Scientific memoirs by medical officers of the Army of India - Part XI,
Year: 1898
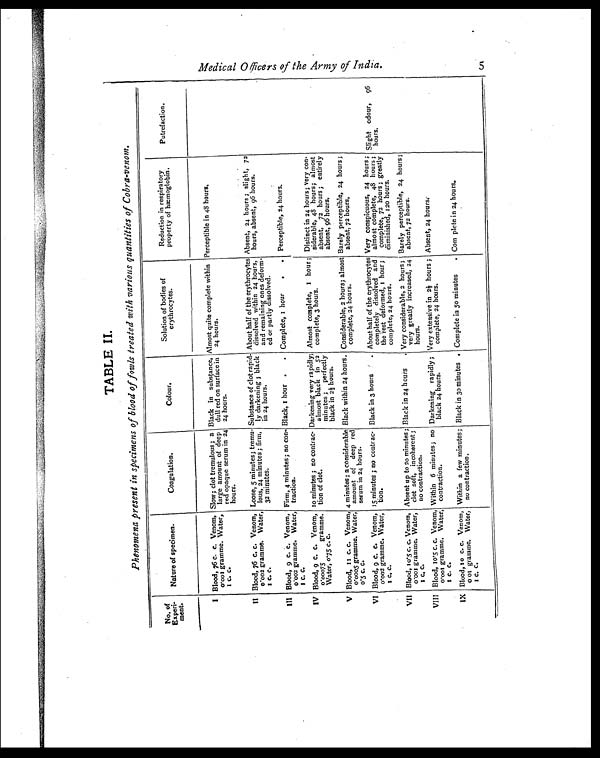
TABLE II
Phenomena present in specimens of blood of fowls treated with various quantities of Cobra-venom.
No. of
Experi-
ment.
Nature of specimen.
Coagulation.
Colour.
Solution of bodies of
erythrocytes.
Reduction in respiratory
property of hæmoglobin.
Putrefaction.
I Blood, 76 c. c. Venom,
0.001 gramme. Water,
1 C. C.
Slow; clot tremulous ; a
large amount of deep
red opaque serum in 24
hours.
Black in substance,
dull red on surface in
24 hours.
Almost quite complete within
24 hours.
Perceptible in 48 hours.
II Blood, 76 c. c. Venom,
0.002 gramme. Water,
1 C. C.
Loose, 5 minutes; tremu-
lous, 24 minutes ; firm,
32 minutes.
Substance of clot rapid -
ly darkening ; black
in 24 hours.
About half of the erythrocytes
dissolved within 24 hours,
and remaining ones deform-
ed or partly dissolved.
Absent, 24 hours ; slight, 72
hours, absent, 96 hours.
III Blood, 9 c. c. Venom,
0.002 gramme. Water,
1 c. C.
Firm, 4 minutes; no con-
traction.
Black, 1 hour . . Complete, 1 hour . .
Perceptible, 24 hours.
IV Blood, 9 C. c. Venom,
0.00075 gramme.
Water, 0.75 c. c.
10 minutes ; no contrac-
tion of clot.
Darkening very rapidly;
almost black in 52
minutes ; perfectly
black in 2½ hours.
Almost complete, 1 hour ;
complete, 3 hours.
Distinct in 24 hours; very con-
siderable, 48 hours; almost
absent, 72 hours ; entirely
absent, 96 hours.
V Blood, 11 c. c. Venom,
0.0005
gramme. Water,
0.5 C. C.
4 minutes; a considerable
amount of deep red
serum in 24 hours.
Black within 24 hours. Considerable, 2 hours; almost
complete, 24 hours.
Barely perceptible, 24 hours ;
absent, 72 hours.
VI Blood, 9 c. c. Venom,
0.002 gramme. Water,
1 C. C.
15 minutes ; no contrac-
tion.
Black in 3 hours
. About half of the erythrocytes
completely dissolved and
the rest deformed, 1 hour ;
complete, 24 hours.
Very conspicuous, 24 hours ;
almost complete, 48 hours ;
complete, 72 hours; greatly
diminished, 120 hours.
Slight odour, 96
hours.
VII Blood, 10.5 c. c. Venom,
0.001 gramme. Water,
1 C. C.
Absent up to 2o minutes;
clot soft, incoherent;
no contraction.
Black in 24 hours
. Very considerable, 2 hours;
very greatly increased, 24
hours.
Barely perceptible, 24 hours;
absent, 72 hours.
VIII Blood, 10.5 c. c. Venom,
0.001 gramme. Water,
1 C. C.
Within 6 minutes; no
contraction.
Darkening rapidly ;
black 24 hours.
Very extensive in 2½ hours ;
complete, 24 hours.
Absent, 24 hours.
IX Blood, 10 c. c. Venom,
0.01 gramme. Water,
1 c. c.
Within a few minutes;
no contraction.
Black in 3o minutes . Complete in 50 minutes
. Complete in 24 hours.
M e d i c a l O f f i c e r s o f t h e A r m y o f I n d i a . 5